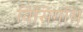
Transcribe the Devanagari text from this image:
विसिगॉथ़